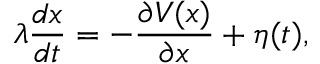
\lambda { \frac { d x } { d t } } = - { \frac { \partial V ( x ) } { \partial x } } + \eta ( t ) ,